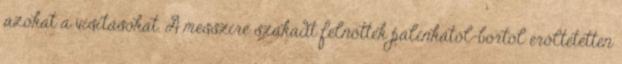
azokat a visításokat. A messzire szakadt felnôttek pálinkától-bortól erôltetetten